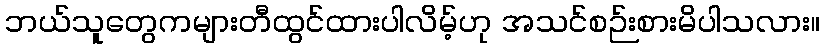
ဘယ်သူတွေကများတီထွင်ထားပါလိမ့်ဟု အသင်စဉ်းစားမိပါသလား။